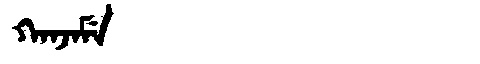
Manchu: ᡴᠠᠨᠵᠠᠮᡝ
Romanization: KANJAME